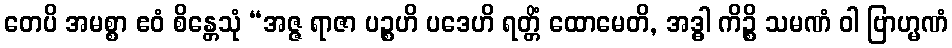
တေပိ အမစ္စာ ဧဝံ စိန္တေသုံ “အဇ္ဇ ရာဇာ ပဉ္စဟိ ပဒေဟိ ရတ္တိံ ထောမေတိ, အဒ္ဓါ ကိဉ္စိ သမဏံ ဝါ ဗြာဟ္မဏံ